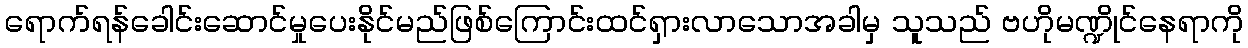
ရောက်ရန်ခေါင်းဆောင်မှုပေးနိုင်မည်ဖြစ်ကြောင်းထင်ရှားလာသောအခါမှ သူသည် ဗဟိုမဏ္ဍိုင်နေရာကို